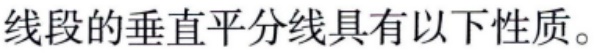
线段的垂直平分线具有以下性质。